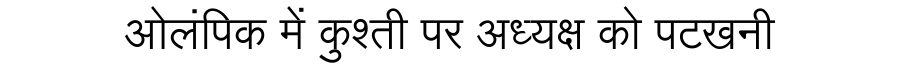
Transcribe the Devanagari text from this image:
ओलंपिक में कुश्ती पर अध्यक्ष को पटखनी